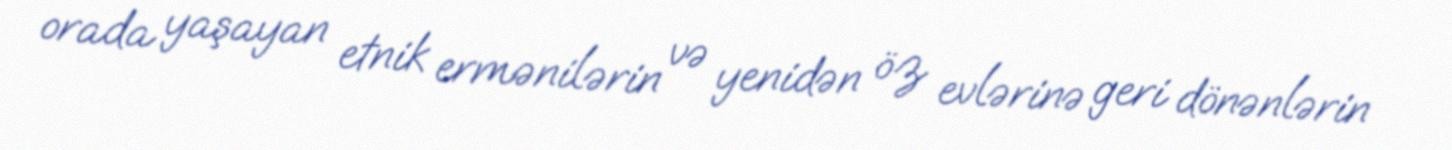
orada yaşayan etnik ermənilərin və yenidən öz evlərinə geri dönənlərin